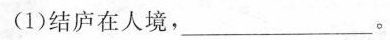
(1)结庐在人境，___。